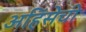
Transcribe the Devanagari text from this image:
अहिंसेची